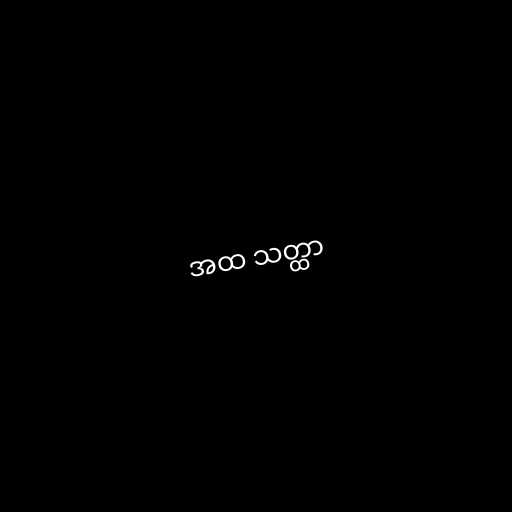
အထ သတ္ထာ